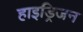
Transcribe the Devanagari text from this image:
हाइड्रिजन